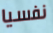
نفسيا